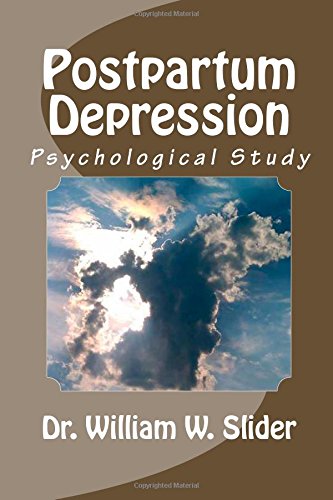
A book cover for Postpartum Depression: Psychological Studies; Dr. William W. Slider; Health, Fitness & Dieting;